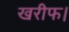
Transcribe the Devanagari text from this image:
खरीफ।